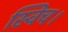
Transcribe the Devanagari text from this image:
स्विच।